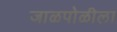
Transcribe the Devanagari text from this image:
जाळपोळीला